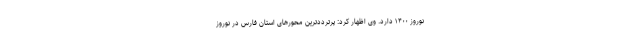
نوروز ۱۴۰۰ دارد. وی اظهار کرد: پرترددترین محورهای استان فارس در نوروز